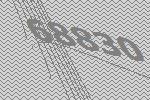
68830